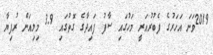
2019ވަނަ އަހަރުގެ ފެބުރުއަރީ މަހުގައި ސާފު ފައިދާގެ ގޮތުގައި 3.9 މިލިއަން ރުފިޔާ